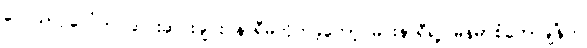
လေယာဉ်ပေါ်က ဆင်းဆင်းချင်း နာရီမတိုက်ခဲ့တော့ မင်းနာရီရဲ့ မြန်မာစံတော်ချိန်က